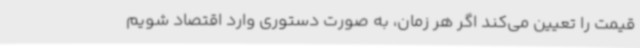
قیمت را تعیین می‌کند اگر هر زمان، به صورت دستوری وارد اقتصاد شویم